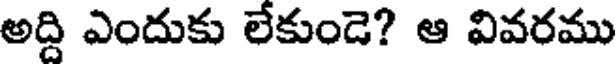
అద్ది ఎందుకు లేకుండె? ఆ వివరము